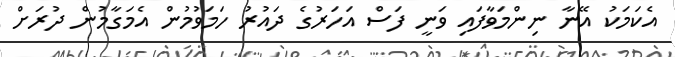
އެކަމަކު އޭނާ ނިންމަވާފައި ވަނީ ފަސް އަހަރުގެ ދައުރު ހަމަވުމުން އެމަގާމުން ދުރަށް